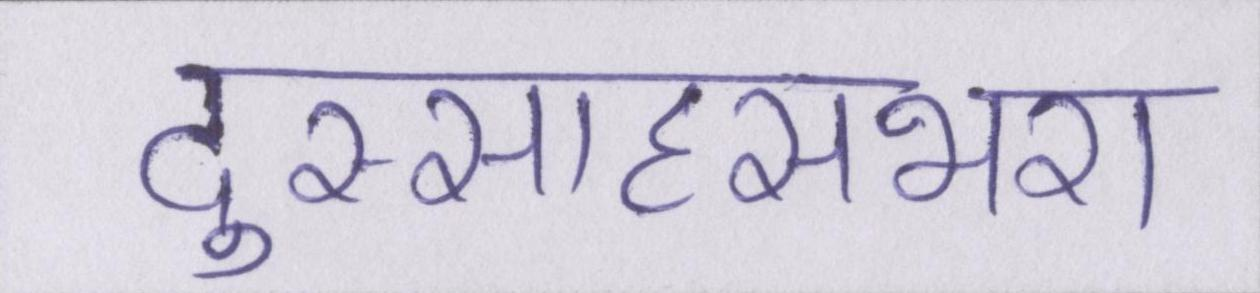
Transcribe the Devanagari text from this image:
दुस्साहसभरा